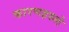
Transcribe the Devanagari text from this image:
कारणहरुले